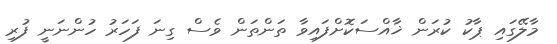
މާލޭގައި ޕާކު ކުރަން ޚާއްސަކޮށްފައިވާ ތަންތަން ވެސް ގިނަ ފަހަރު ހުންނަނީ ފުރި